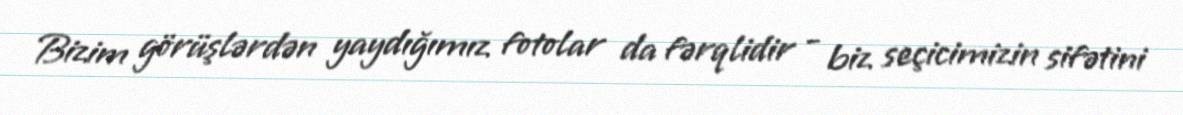
Bizim görüşlərdən yaydığımız fotolar da fərqlidir - biz seçicimizin sifətini